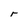
Character: r